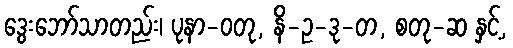
ဒွေးဘော်သာတည်း၊ ပုနာ-ဝတု, နိ-ဥ-ဒု-တ, စတု-ဆ နှင့်,